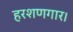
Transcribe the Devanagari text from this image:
हरशणगार।